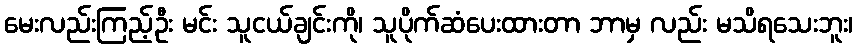
မေးလည်းကြည့်ဦး မင်း သူငယ်ချင်းကို၊ သူပိုက်ဆံပေးထားတာ ဘာမှ လည်း မသိရသေးဘူး၊